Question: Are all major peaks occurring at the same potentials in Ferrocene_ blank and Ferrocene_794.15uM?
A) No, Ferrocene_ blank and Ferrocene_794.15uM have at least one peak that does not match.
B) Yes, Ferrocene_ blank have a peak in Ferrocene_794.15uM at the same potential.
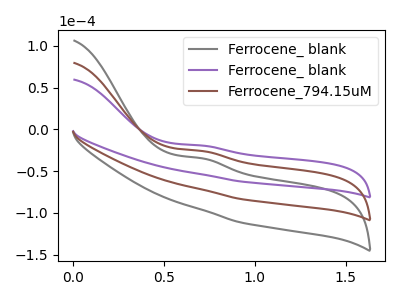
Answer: <think>The gray curve "Ferrocene_ blank" has an anodic peak at: (0.70V, -51.95uA). The purple curve "Ferrocene_ blank" has an anodic peak at: (0.70V, -19.45uA). The brown curve "Ferrocene_794.15uM" has an anodic peak at: (0.70V, -25.95uA).</think>
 <answer>B) Yes, "Ferrocene_ blank" have a peak in "Ferrocene_794.15uM" at the same potential.</answer>
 <eval>B</eval>